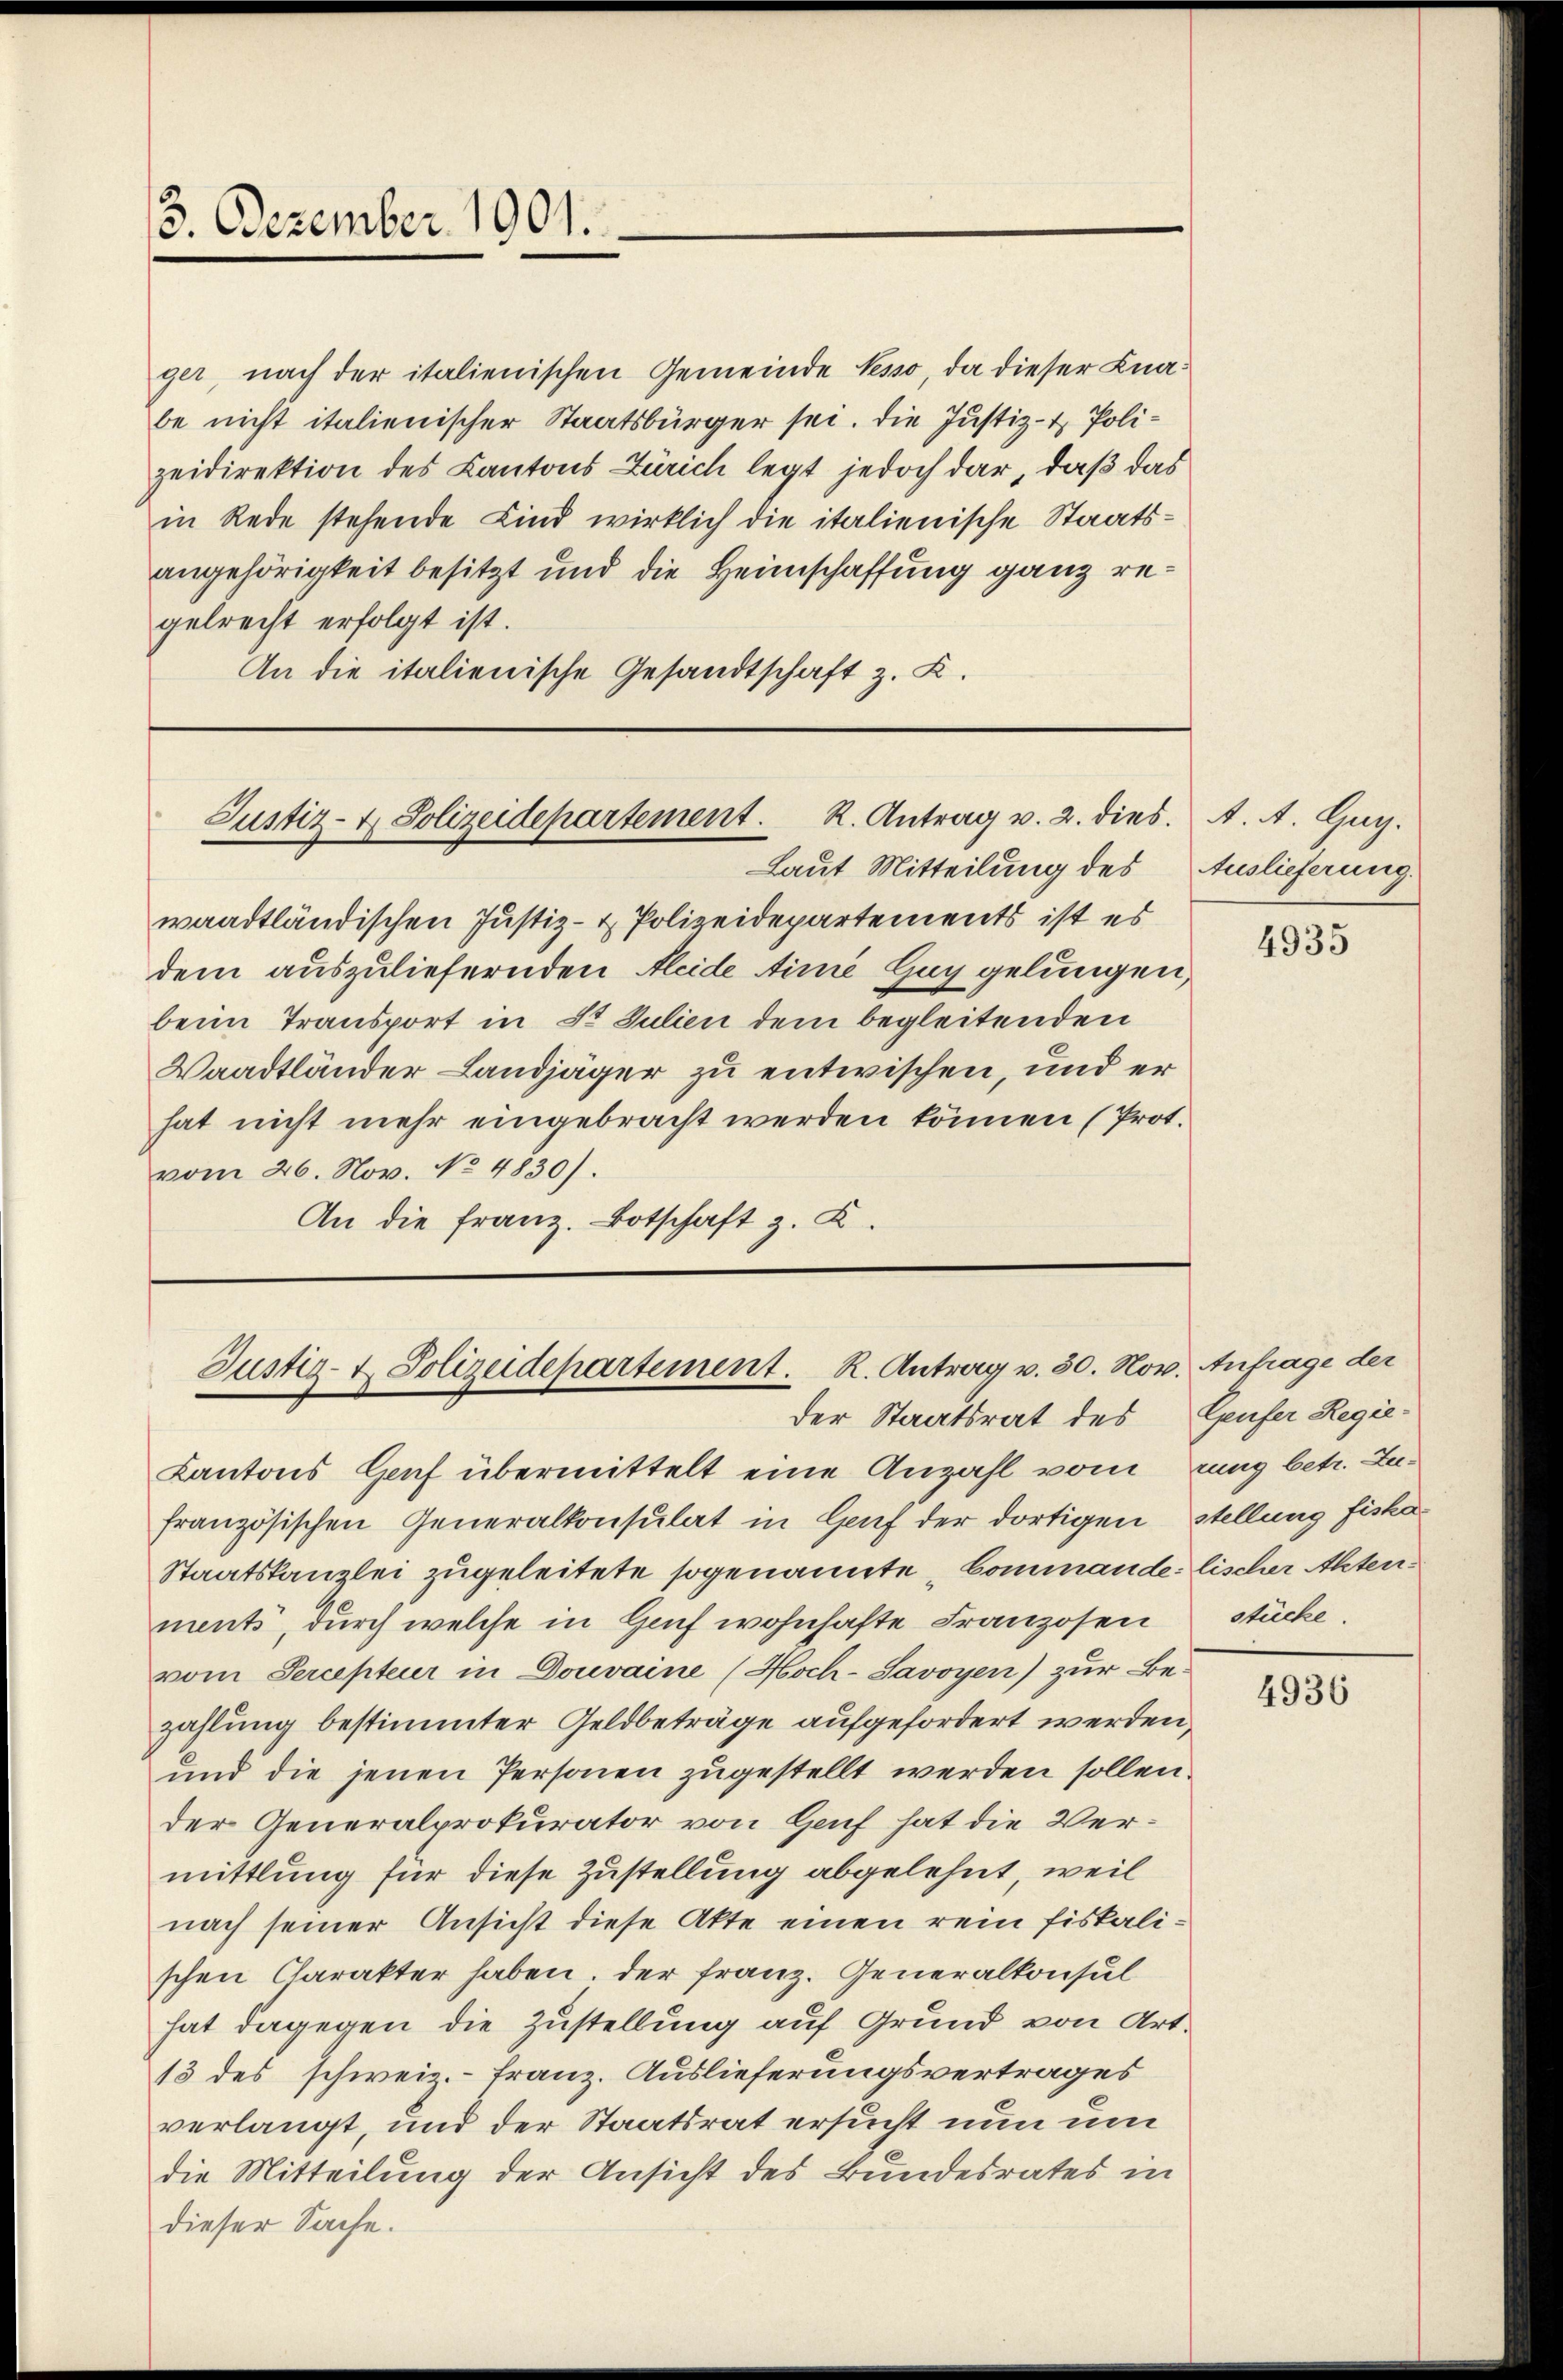
3. Dezember 1901.

ger, nach der italienischen Gemeinde Pesso, da dieser Knabe nicht italienischer Staatsbürger sei. Die Justiz- & Polizeidirektion des Kantons Zürich legt jedoch dar, daß das
in Rede stehende Kind wirklich die italienische Staatsangehörigkeit besitzt und die Heimschaffung ganz regelrecht erfolgt ist.
An die italienische Gesandtschaft z. K.

Justiz- & Polizeidepartement. R. Antrag v. 2. dies. A. A. Guy.

Laut Mitteilung des
waadtländischen Justiz- & Polizeidepartements ist es
dem auszuliefernden Kleide time Haggelungen,
beim Transport in St. Julien dem begleitenden
Waadtländer Landjäger zu entwischen, und er
hat nicht mehr eingebracht werden können (Prot.
vom 26. Nov. No. 4830).
An die franz. Botschaft z. Z.

Justiz- & Polizeidepartement. R. Antrag v. 30. Nov. Anfrage der
der Staatsrat des Genfer Regie¬

Kantons Genf übermittelt eine Anzahl vom rung betr. Lafranzösischen Generalkonsulat in Genf der dortigen Stellung fiska¬
Staatskanzlei zugeleitete sogenannte Commandelischer Aktenments, durch welche in Genf wohnhafte Franzosen
vom Percepteur in Douvaine (Hoch-Savoyen) zur Be-
zahlung bestimmter Geldbeträge aufgefordert werden,
und die jenen Personen zugestellt werden sollen.
der Generalprokurator von Genf hat die Vermittlung für diese Zustellung abgelehnt, weil
nach seiner Ansicht diese Akte einen rein fiskalischen Charakter haben. Der Franz. Generalkonsul
hat dagegen die Zustellung auf Grund von Art.
13 des schweiz.- Franz. Auslieferungsvertrages
verlangt, und der Staatsrat ersucht nun um
die Mitteilung der Ansicht des Bundesrates in
dieser Sache.

Auslieferung.

4935

stücke.

4936